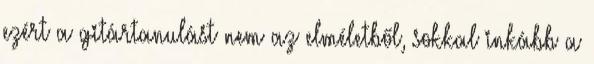
ezért a gitártanulást nem az elméletből, sokkal inkább a